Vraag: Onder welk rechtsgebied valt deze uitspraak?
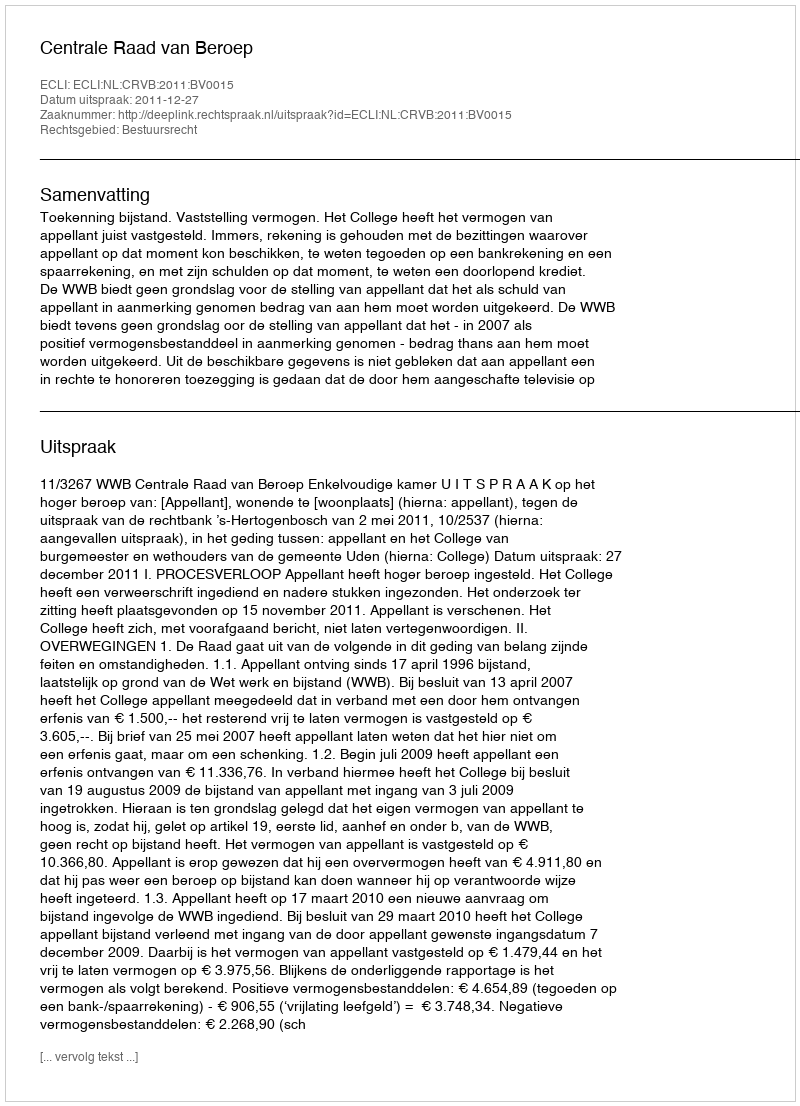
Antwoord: Bestuursrecht